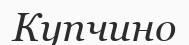
Купчино